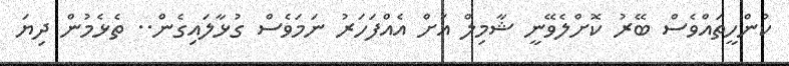
ކުންހީތައްވެސް ބޭރު ކޮށްލެވޭނީ ޝާމިލް އަށް އެއްފަހަރު ނަމަވެސް ގުޅާލައިގެން.. ތެޅެމުން ދިޔަ